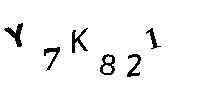
Y7K821